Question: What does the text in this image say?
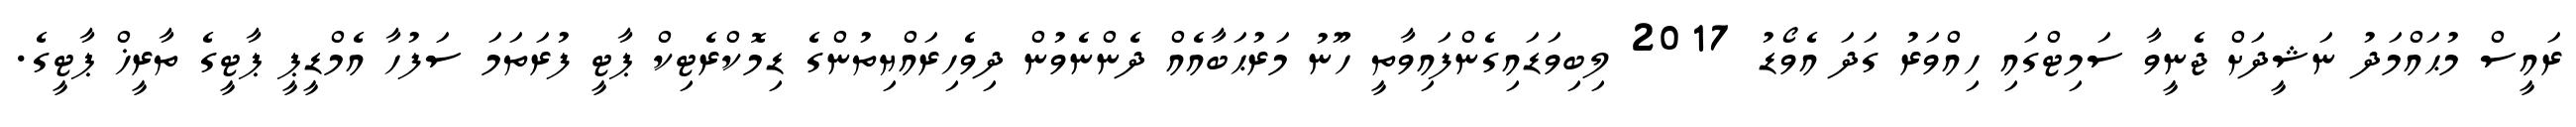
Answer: ރައީސް މުޙައްމަދު ނަޝީދަށް ޖެނީވާ ސަމިޓްގައި ހިއްވަރު ގަދަ އެވޯޑު 2017 ލިބިވަޑައިގެންފައިވާތީ ހޫނު މަރުޙަބާއެއް ދެންނެވުން ދިވެހިރައްޔިތުންގެ ޑިމޮކްރެޓިކް ޕާޓީ ފުރަތަމަ ސަފުހާ އެމްޑީޕީ ޕާޓީގެ ތާރީޚް ޕާޓީގެ.